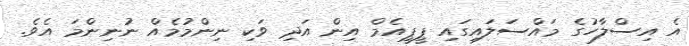
އެ އިސްލާހުގެ މައްސަލައިގައި ޕީޕީއެމް އިން އަދި ވަކި ނިންމުމެއް ނުނިންމަ އެވެ.